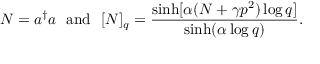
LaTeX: N = a ^ { \dagger } a ~ ~ \mathrm { a n d } ~ ~ [ N ] _ { q } = \frac { \sinh [ \alpha ( N + \gamma p ^ { 2 } ) \log q ] } { \sinh ( \alpha \log q ) } .